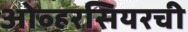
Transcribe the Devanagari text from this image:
ओव्हरसियरची